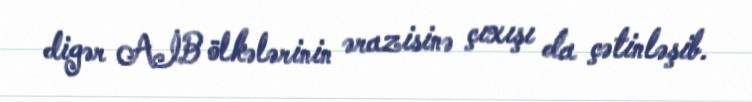
digər AİB ölkələrinin ərazisinə çıxışı da çətinləşib.